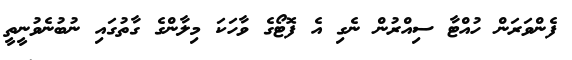
ފެންވަރަން ހުއްޓާ ސިއްރުން ނެގި އެ ފޮޓޯގެ ވާހަކަ މިލާންގެ ގާތުގައި ނުބުނެވުނީތީ